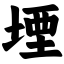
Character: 堙